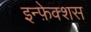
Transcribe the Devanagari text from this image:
इन्फ़ेक्शस